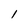
Character: I